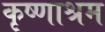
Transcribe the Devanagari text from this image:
कृष्णाश्रम